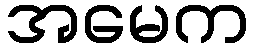
အမေက